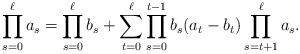
LaTeX: \begin{align*} \prod_{s=0}^{\ell} a_s=\prod_{s=0}^{\ell} b_s+\sum_{t=0}^{\ell} \prod_{s=0}^{t-1}b_s(a_t-b_t)\prod_{s=t+1}^{\ell} a_s.\end{align*}